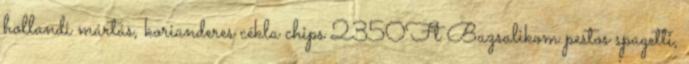
hollandi mártás, korianderes cékla chips 2350Ft Bazsalikom pestos spagetti,